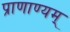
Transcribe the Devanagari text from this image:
प्राणाण्यम्